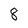
Character: 8